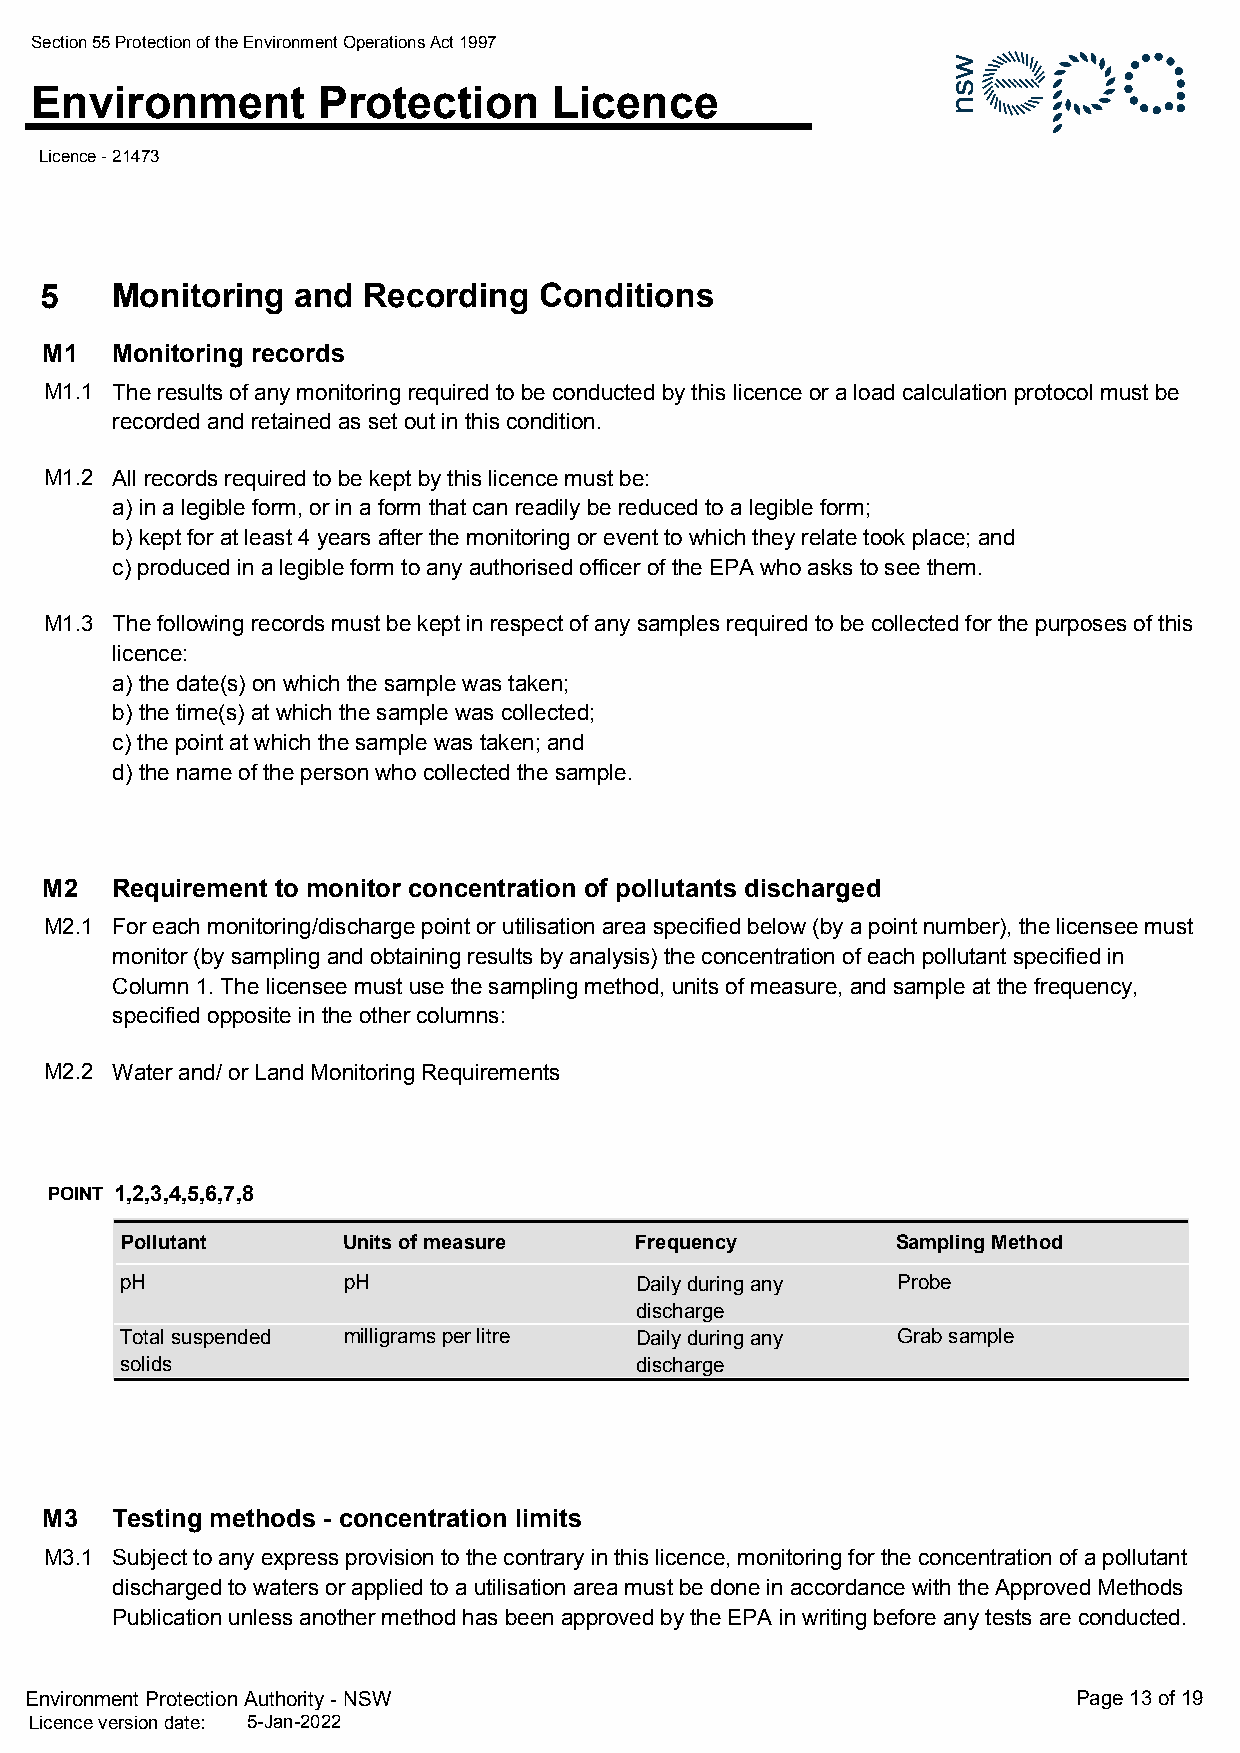
Section 55 Protection of the Environment Operations Act 1997
 Environment        Protection      Licence
 Licence - 21473
 5   Monitoring   and Recording   Conditions
 M1  Monitoring records
 M1.1 The results of any monitoring required to be conducted by this licence or a load calculation protocol must be
 recorded and retained as set out in this condition.
 M1.2 All records required to be kept by this licence must be:
 a) in a legible form, or in a form that can readily be reduced to a legible form;
 b) kept for at least 4 years after the monitoring or event to which they relate took place; and
 c) produced in a legible form to any authorised officer of the EPA who asks to see them.
 M1.3 The following records must be kept in respect of any samples required to be collected for the purposes of this
 licence:
 a) the date(s) on which the sample was taken;
 b) the time(s) at which the sample was collected;
 c) the point at which the sample was taken; and
 d) the name of the person who collected the sample.
 M2  Requirement to monitor concentration of pollutants discharged
 M2.1 For each monitoring/discharge point or utilisation area specified below (by a point number), the licensee must
 monitor (by sampling and obtaining results by analysis) the concentration of each pollutant specified in
 Column 1. The licensee must use the sampling method, units of measure, and sample at the frequency,
 specified opposite in the other columns:
 M2.2 Water and/ or Land Monitoring Requirements
 POINT 1,2,3,4,5,6,7,8
 Pollutant      Units of measure   Frequency        Sampling Method
 pH             pH                 Daily during any Probe
 discharge
 Total suspended milligrams per litre Daily during any Grab sample
 solids                            discharge
 M3  Testing methods - concentration limits
 M3.1 Subject to any express provision to the contrary in this licence, monitoring for the concentration of a pollutant
 discharged to waters or applied to a utilisation area must be done in accordance with the Approved Methods
 Publication unless another method has been approved by the EPA in writing before any tests are conducted.
 Environment Protection Authority - NSW                               Page 13 of 19
 Licence version date: 5-Jan-2022